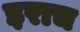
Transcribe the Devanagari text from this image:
इराच